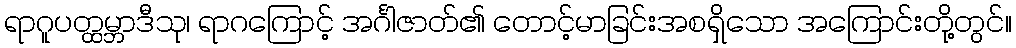
ရာဂူပတ္ထမ္ဘာဒီသု၊ ရာဂကြောင့် အင်္ဂါဇာတ်၏ တောင့်မာခြင်းအစရှိသော အကြောင်းတို့တွင်။